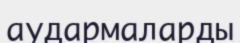
аудармаларды